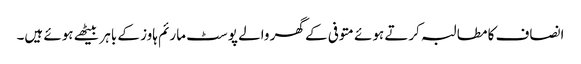
انصاف کا مطالبہ کرتے ہوئے متوفی کے گھر والے پوسٹ مارئم ہاوز کے باہر بیٹھے ہوئے ہیں۔